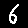
Digit: 6